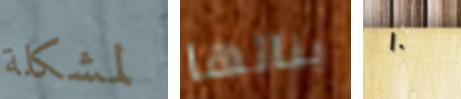
لمشكلة بنائها ١٠